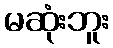
မဆုံးဘူး